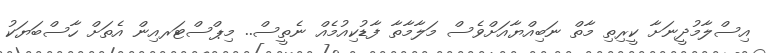
އިސްލާމުދީނަށާ ކީރިތި މާތް ނަބިއްޔާއަށްވެސް މަލާމާތާ ފާޑުކިއުމެއް ނެތީސް.. މިޕްސްޓަރއިން އެތަށް ހާސްބަޔަކު